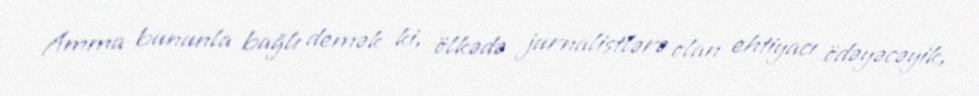
Amma bununla bağlı demək ki, ölkədə jurnalistlərə olan ehtiyacı ödəyəcəyik,